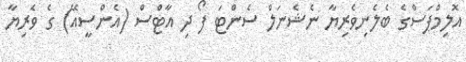
އޮލިމްޕަސްގެ ބެލެނިވެރިޔާ ނެޝެނަލް ސެންޓަ ފޯ ދި އާޓްސް (އެންސީއޭ) ގެ ވެރިޔާ